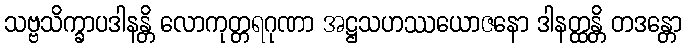
သဗ္ဗသိက္ခာပဒါနန္တိ လောကုတ္တရဂုဏာ အဋ္ဌသဟဿယောဇနော ဒါနတ္ထန္တိ တဒန္တော